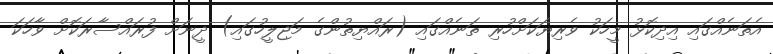
އެތަނެެއްގައި އިދިކޮޅު މީހަކު ވެރިޔަކަށްހުރި ތަނެއްގައި (ރައްޔިތުންގެ މަޖިލީހުގައި) ދީނަށް ފުރައްސާރަކޮށް ވާހަކަ